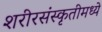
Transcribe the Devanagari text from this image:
शरीरसंस्कृतीमध्ये